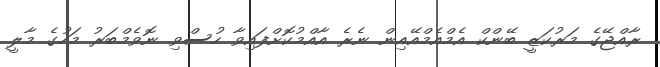
ރާއްޖޭގެ މަރުކަޒީ ބޭންކް އެމްއެމްއޭއިން ނެރެ އާއްމުކޮށްފައިވާ ހުސްވި ނޮވެމްބަރު މަހުގެ މާލީ